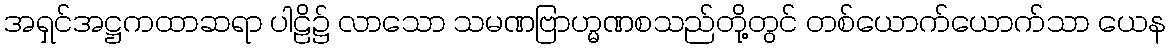
အရှင်အဋ္ဌကထာဆရာ ပါဠိ၌ လာသော သမဏဗြာဟ္မဏစသည်တို့တွင် တစ်ယောက်ယောက်သာ ယေန